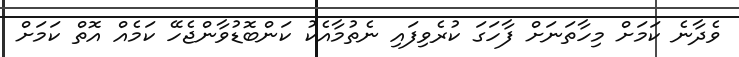
ވެދާނެ ކަމަށް މިހާތަނަށް ފާހަގަ ކުރެވިފައި ނެތުމާއެކު ކަންބޮޑުވާންޖެހޭ ކަމެއް އޮތް ކަމަށް